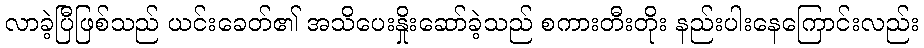
လာခဲ့ပြီဖြစ်သည် ယင်းခေတ်၏ အသိပေးနှိုးဆော်ခဲ့သည် စကားတီးတိုး နည်းပါးနေကြောင်းလည်း